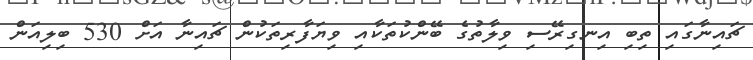
ޗައިނާގައި ތިބި އިނގިރޭސި ވިލާތުގެ ބޭންކުތަކާއި ވިޔަފާރިތަކުން ޗައިނާ އަށް 530 ބިލިއަން